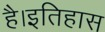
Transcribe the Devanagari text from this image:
है।इतिहास